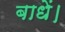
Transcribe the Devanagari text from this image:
बाधें।